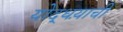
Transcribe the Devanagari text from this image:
योद्धय़ाची